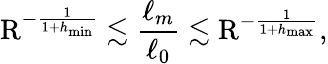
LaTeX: \mathrm{R}^{-\frac{1}{1+h_{\operatorname*{min}}}}\lesssim\frac{\ell_{m}}{\ell_{0}}\lesssim\mathrm{R}^{-\frac{1}{1+h_{\operatorname*{max}}}},